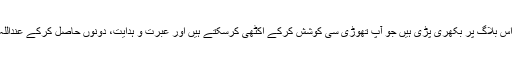
اس کی مثالیں جابجا اس بلاگ پر بکھری پڑی ہیں جو آپ تھوڑی سی کوشش کرکے اکٹھی کرسکتے ہیں اور عبرت و ہدایت، دونوں حاصل کرکے عنداللہ ماجور ہوسکتےہیں۔